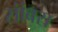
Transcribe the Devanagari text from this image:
सांंबरा